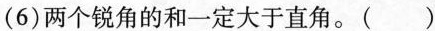
( 6 )两个锐角的和一定大于直角。( )